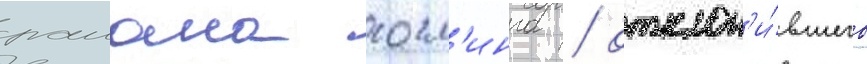
раиана госл'инга / отклон'и́вшего